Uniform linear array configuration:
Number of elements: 16
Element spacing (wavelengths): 0.25
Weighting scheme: hann
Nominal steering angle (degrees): -45
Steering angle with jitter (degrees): -44.047
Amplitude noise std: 0.05
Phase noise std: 0.05

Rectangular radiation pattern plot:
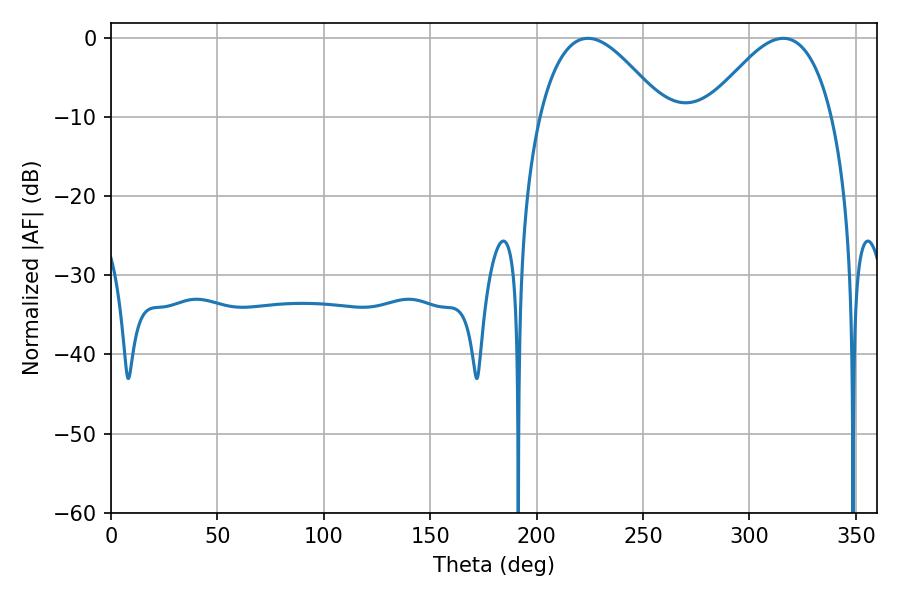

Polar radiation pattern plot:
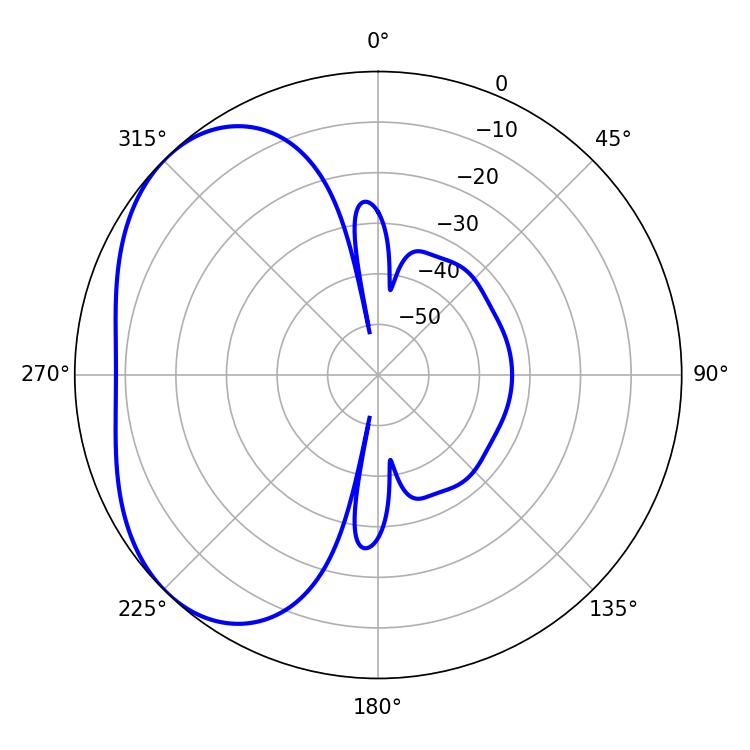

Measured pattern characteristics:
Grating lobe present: FALSE
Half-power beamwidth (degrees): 31.86
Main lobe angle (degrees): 224.1